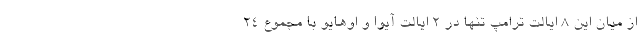
از میان این 8 ایالت ترامپ تنها در 2 ایالت آیوا و اوهایو با مجموع 24